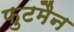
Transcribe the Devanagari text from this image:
फुटमैन